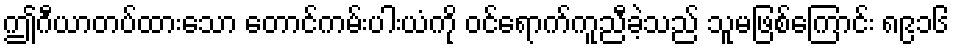
ဤဂီယာတပ်ထားသော တောင်ကမ်းပါးယံကို ဝင်ရောက်ကူညီခဲ့သည် သူမဖြစ်ကြောင်း ၈၉၁၆